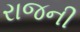
રાજની